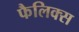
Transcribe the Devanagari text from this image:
फैलिक्स